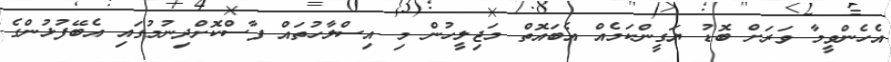
އެހެންވީމާ ވަރަށް ބޮޑު ޔަގީންކަމެއް އެބައޮތް މަޖިލީހުން މި އިސްލާހުތައް ފާސްކޮށްދިނުމުގައި އެބޭފުޅުންގެ